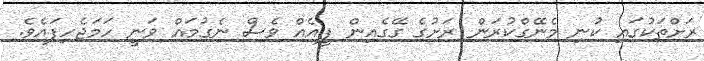
ރަށްތަކުގައި ކުނި މެނޭގްކުރަން ރަށުގެ ގޭގެއިން ފީއެއް ވެސް ނެގުމައް ވަނީ ހަމަޖެހިފައެވެ.